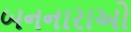
બનનારાઓ